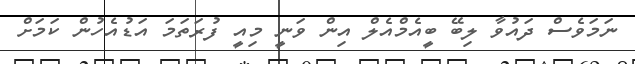
ނަމަވެސް ދައުވާ ލިބޭ ބީއެމްއެލް އިން ވަނީ މިއީ ފުރަތަމަ އަޑުއެހުން ކަމަށް